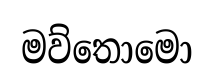
මව්තොමො